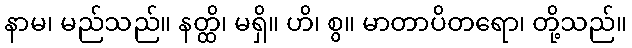
နာမ၊ မည်သည်။ နတ္ထိ၊ မရှိ။ ဟိ၊ စွ။ မာတာပိတရော၊ တို့သည်။